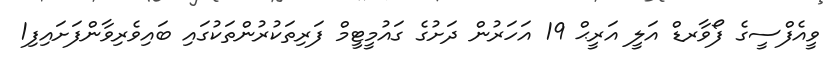
ވީއެފްސީގެ ފޯވާރޑް އަލީ އަރީޙް 19 އަހަރުން ދަށުގެ ގައުމީޓީމް ފަރިތަކުރުންތަކުގައި ބައިވެރިވާންފަށައިފި1